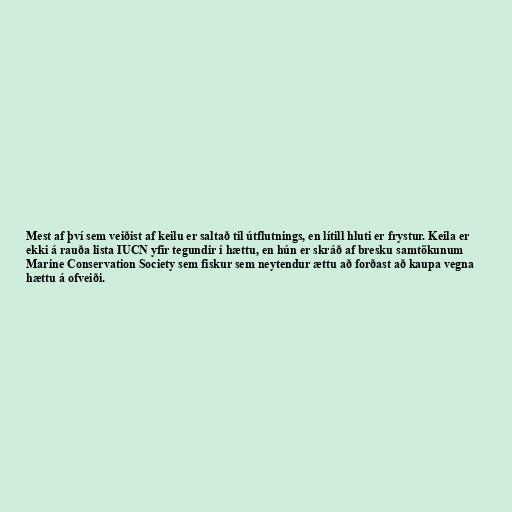
Mest af því sem veiðist af keilu er saltað til útflutnings, en lítill hluti er frystur. Keila er
ekki á rauða lista IUCN yfir tegundir í hættu, en hún er skráð af bresku samtökunum
Marine Conservation Society sem fiskur sem neytendur ættu að forðast að kaupa vegna
hættu á ofveiði.